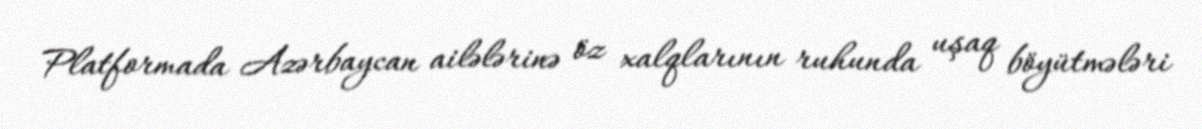
Platformada Azərbaycan ailələrinə öz xalqlarının ruhunda uşaq böyütmələri